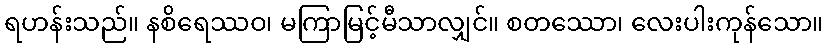
ရဟန်းသည်။ နစိရေဿဝ၊ မကြာမြင့်မီသာလျှင်။ စတဿော၊ လေးပါးကုန်သော။